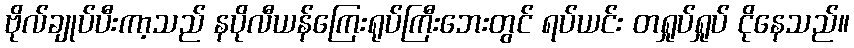
ဗိုလ်ချုပ်ပီးကာ့သည် နပိုလီယန်ကြေးရုပ်ကြီးဘေးတွင် ရပ်ယင်း တရှုပ်ရှုပ် ငိုနေသည်။